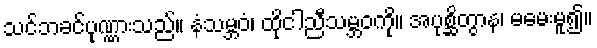
သင်ဘခင်ပုဏ္ဏားသည်။ နံသမ္ဘဝံ၊ ထိုငါညီသမ္ဘဝကို။ အပုစ္ဆိတွာန၊ မမေးမူ၍။